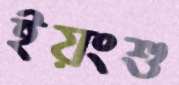
ইয়ংশু